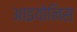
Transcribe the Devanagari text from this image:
आइयोनिस